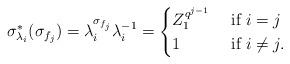
LaTeX: \begin{align*}\sigma_{\lambda_i}^*(\sigma_{f_j})=\lambda_{i}^{\sigma_{f_j}} \lambda_{i}^{-1}=\begin{cases}Z_1^{q^{j-1}} & \mbox{ if } i= j \\1 & \mbox{ if } i \neq j.\end{cases}\end{align*}